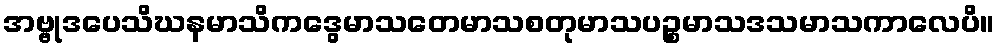
အဗ္ဗုဒပေသိဃနမာသိကဒွေမာသတေမာသစတုမာသပဉ္စမာသဒသမာသကာလေပိ။